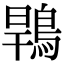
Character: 䳚